NASA-UAP-D2, Apollo 17 Transcript, 1972
Agency: NASA
Incident date: 1972
Incident location: Moon
Page 3
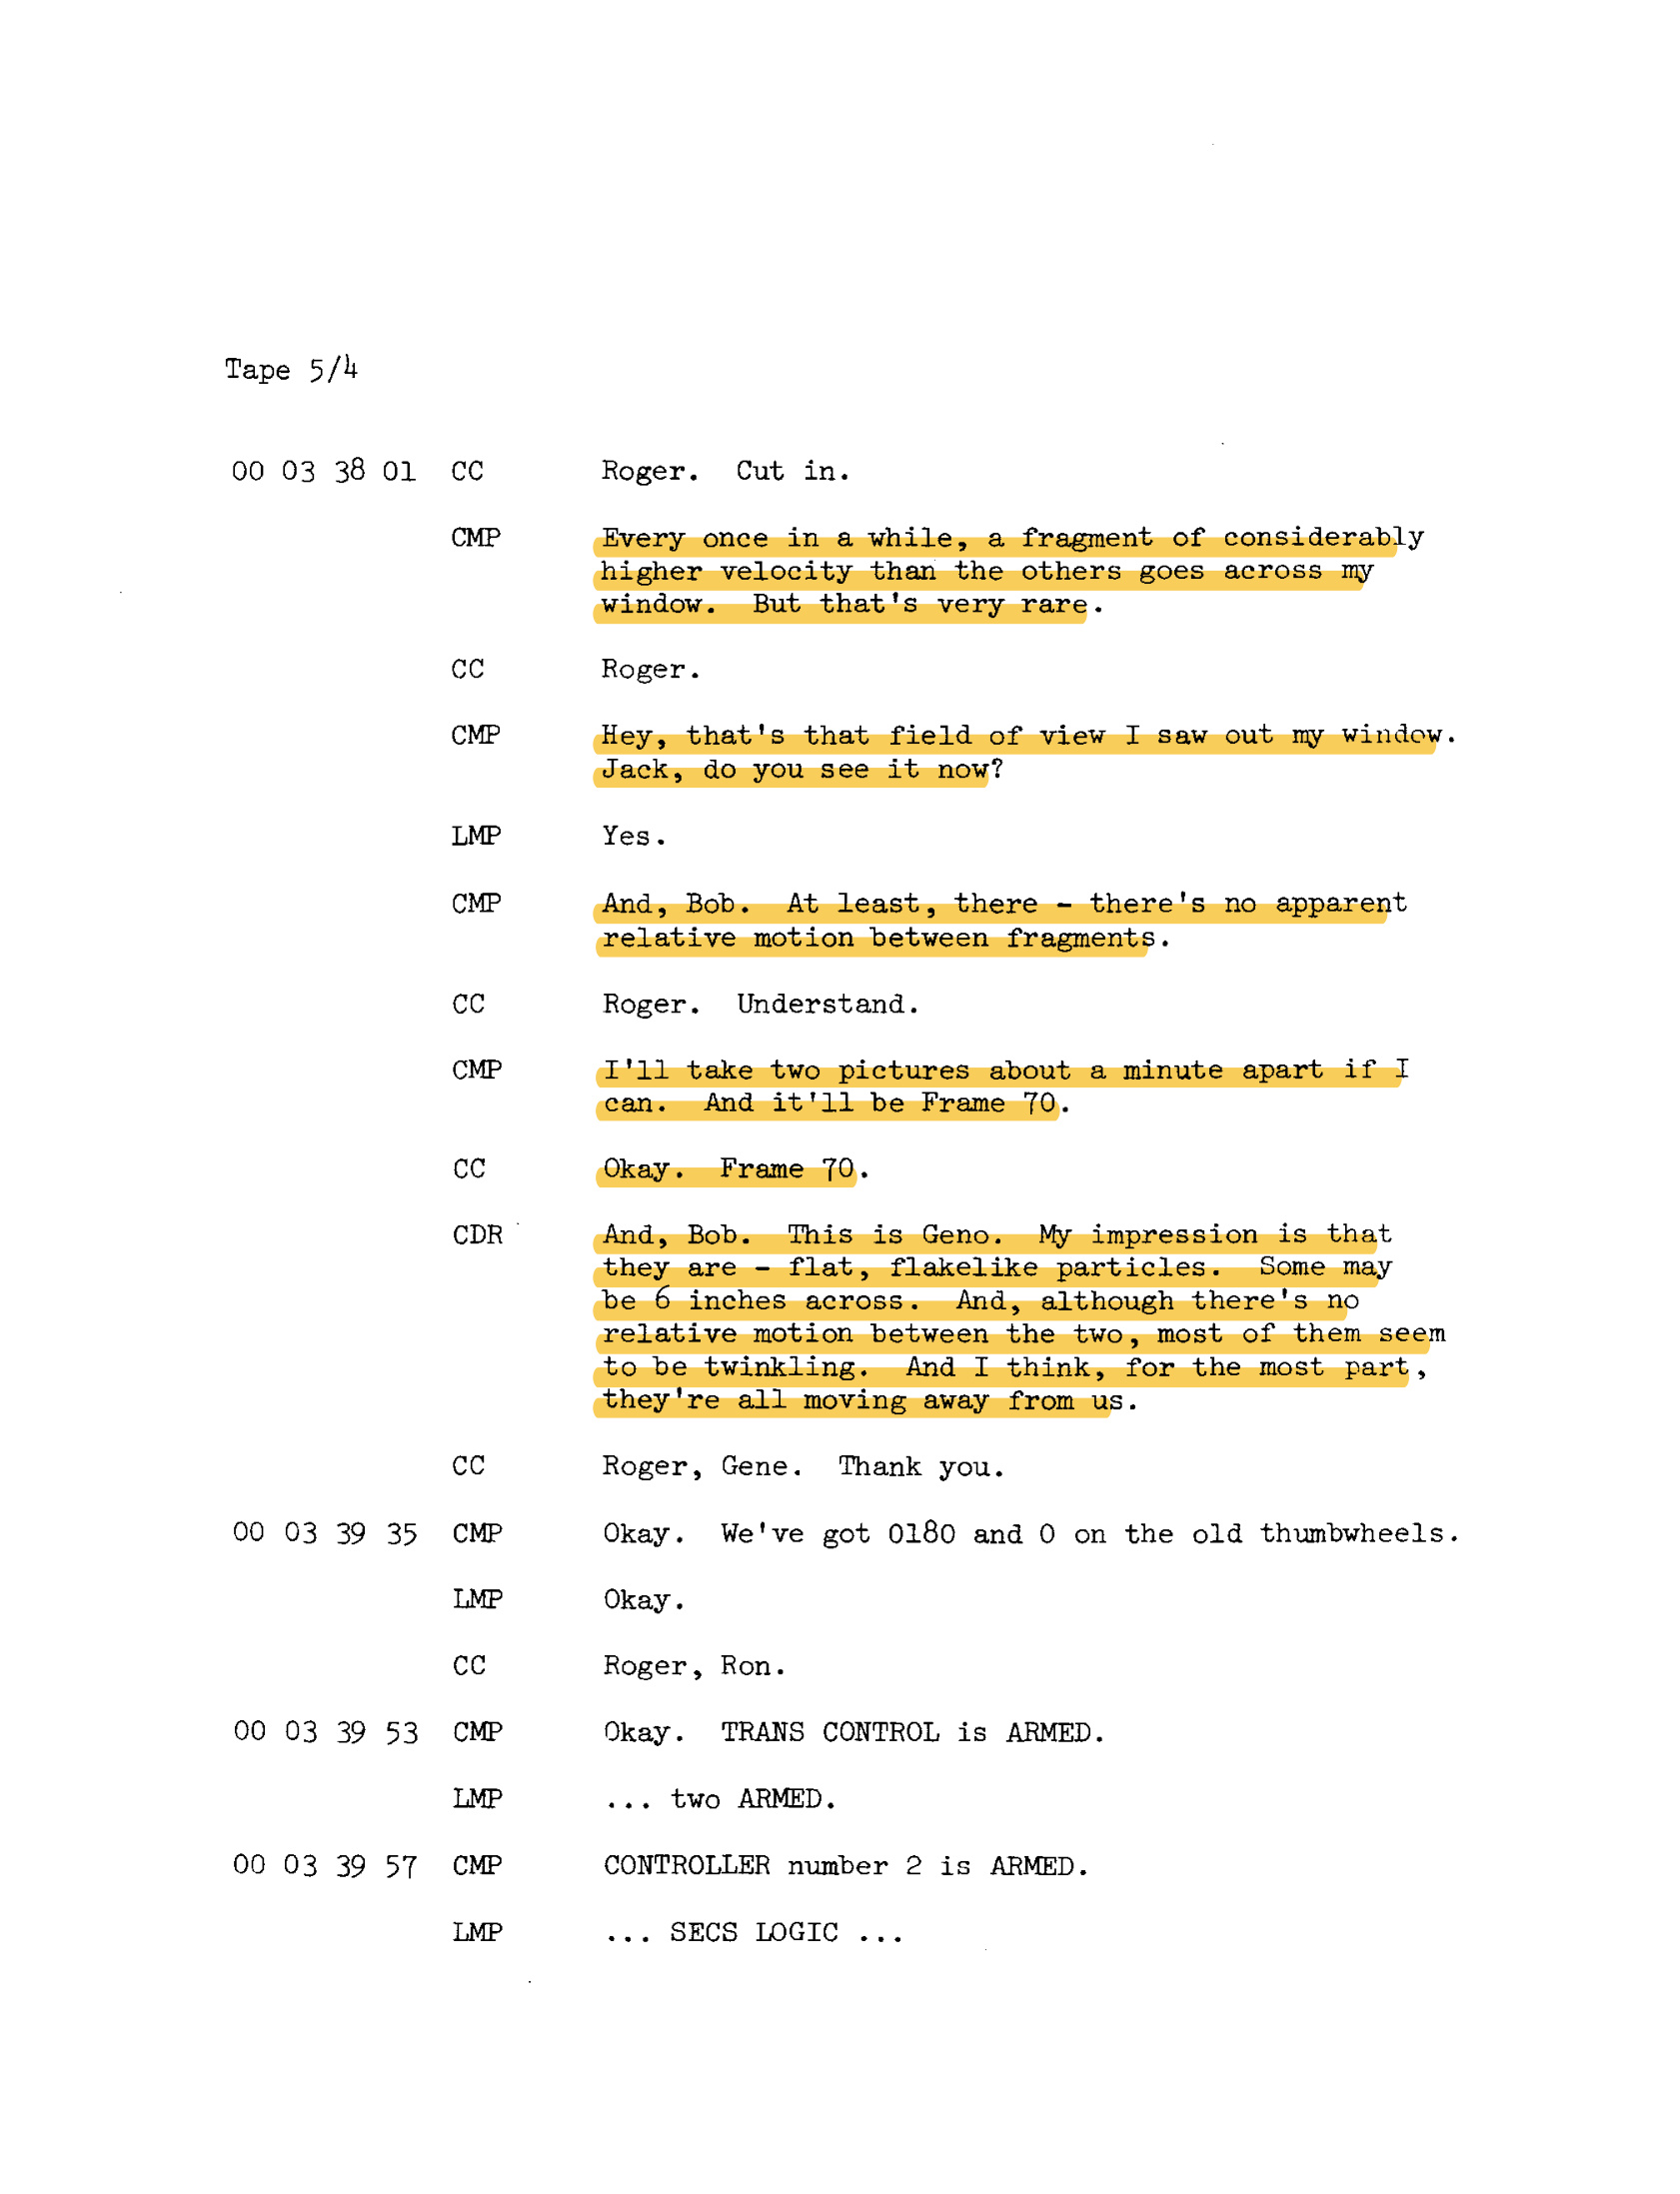